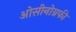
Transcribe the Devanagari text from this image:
ओसीनोग्रफी